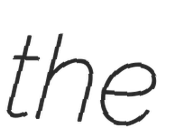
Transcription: the